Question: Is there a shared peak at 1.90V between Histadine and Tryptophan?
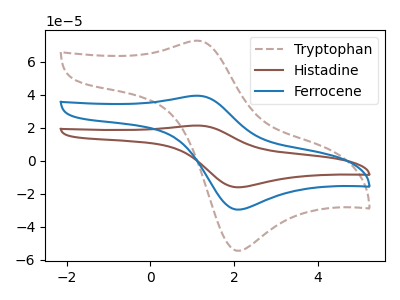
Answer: <think>The brown dashed curve "Tryptophan" has an anodic peak at (1.10V, 72.80uA) and a cathodic peak at (2.05V, -54.40uA). The brown curve "Histadine" has an anodic peak at (1.10V, 78.90uA) and a cathodic peak at (2.05V, -59.00uA). The blue curve "Ferrocene" has an anodic peak at (1.10V, 39.45uA) and a cathodic peak at (2.05V, -29.50uA).</think>
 <answer>No, "Histadine" and "Tryptophan" dont share a peak at 1.90V.</answer>
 <eval>mismatch</eval>